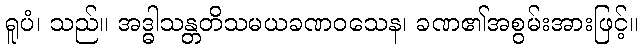
ရူပံ၊ သည်။ အဒ္ဓါသန္တတိသမယခဏဝသေန၊ ခဏ၏အစွမ်းအားဖြင့်။